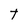
Character: T